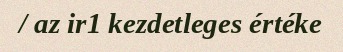
/ az ir1 kezdetleges értéke